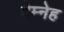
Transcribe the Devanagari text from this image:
देम्नेह